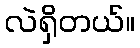
လဲရှိတယ်။